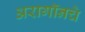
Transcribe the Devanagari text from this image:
अरागॉनचे